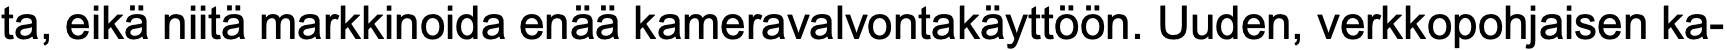
ta, eikä niitä markkinoida enää kameravalvontakäyttöön. Uuden, verkkopohjaisen ka-